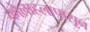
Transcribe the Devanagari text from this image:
कोलाहलापासून